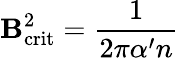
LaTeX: \mathbf{B}_{\mathrm{{crit}}}^{2}=\frac{{1}}{{2\pi\alpha^{\prime}n}}